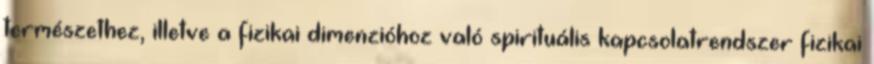
természethez, illetve a fizikai dimenzióhoz való spirituális kapcsolatrendszer fizikai